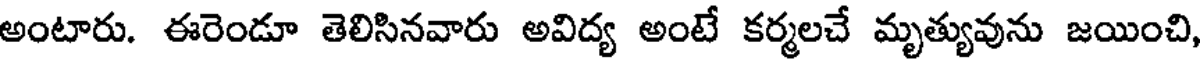
అంటారు. ఈరెండూ తెలిసినవారు అవిద్య అంటే కర్మలచే మృత్యువును జయించి,